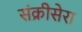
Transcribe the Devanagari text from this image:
संक्रीसेरा